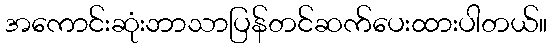
အကောင်းဆုံးဘာသာပြန်တင်ဆက်ပေးထားပါတယ်။